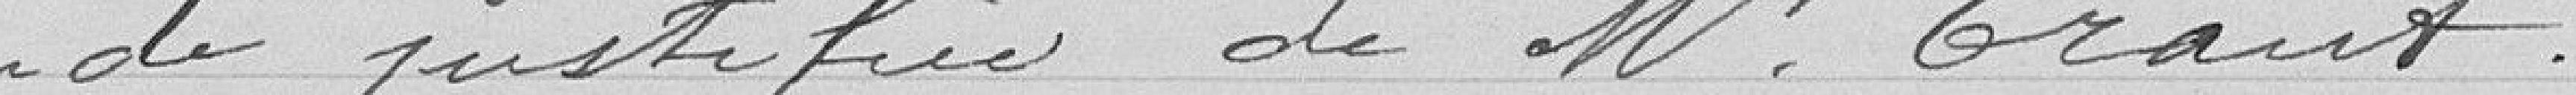
demande justifiée de monsieur Grant.